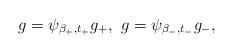
LaTeX: \begin{align*} g= \psi_{\beta_+,t_+} g_+, \, \, g=\psi_{\beta_-,t_-} g_-, \end{align*}